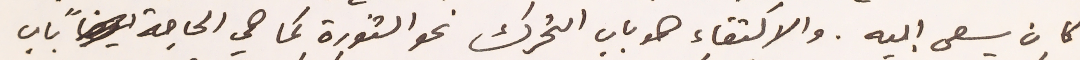
كان يسعى اليه. والاكتفاء هو باب التحرك نحو الثورة كما هي الحاجة باب